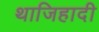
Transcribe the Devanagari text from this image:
थाजिहादी